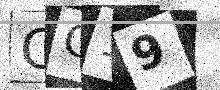
Text: OG19